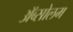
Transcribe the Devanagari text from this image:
अॅब्सोलम